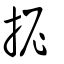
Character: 抳